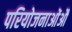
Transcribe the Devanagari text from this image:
परियोजनाओंऔ